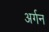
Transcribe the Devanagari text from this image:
अर्गन